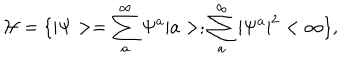
{ \cal { H } } = \{ | \Psi > = \sum _ { a } ^ { \infty } \Psi ^ { a } | a > ; \sum _ { a } ^ { \infty } | \Psi ^ { a } | ^ { 2 } < \infty \} ,